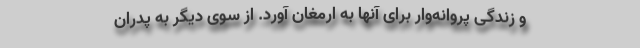
و زندگی پروانه‌وار برای آنها به ارمغان آورد. از سوی دیگر به پدران